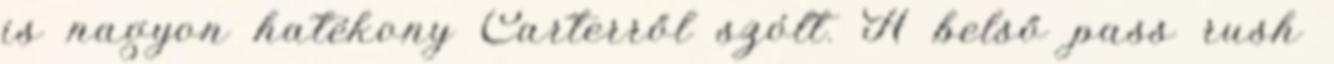
is nagyon hatékony Carterről szólt. A belső pass rush